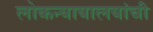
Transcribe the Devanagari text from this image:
लोकन्यायालयांची